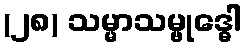
(၂၈) သမ္မာသမ္ဗုဒ္ဓေါ